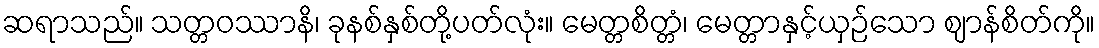
ဆရာသည်။ သတ္တဝဿာနိ၊ ခုနစ်နှစ်တို့ပတ်လုံး။ မေတ္တစိတ္တံ၊ မေတ္တာနှင့်ယှဉ်သော ဈာန်စိတ်ကို။